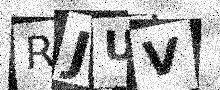
Text: RJUV